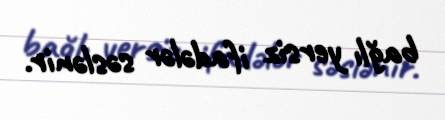
bağlı yersiz ifadələr səslənir.